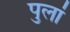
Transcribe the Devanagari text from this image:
पुलां